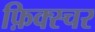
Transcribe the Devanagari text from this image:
फ़िक्स्चर